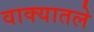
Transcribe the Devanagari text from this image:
वाक्यातले